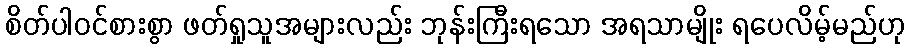
စိတ်ပါဝင်စားစွာ ဖတ်ရှုသူအများလည်း ဘုန်းကြီးရသော အရသာမျိုး ရပေလိမ့်မည်ဟု